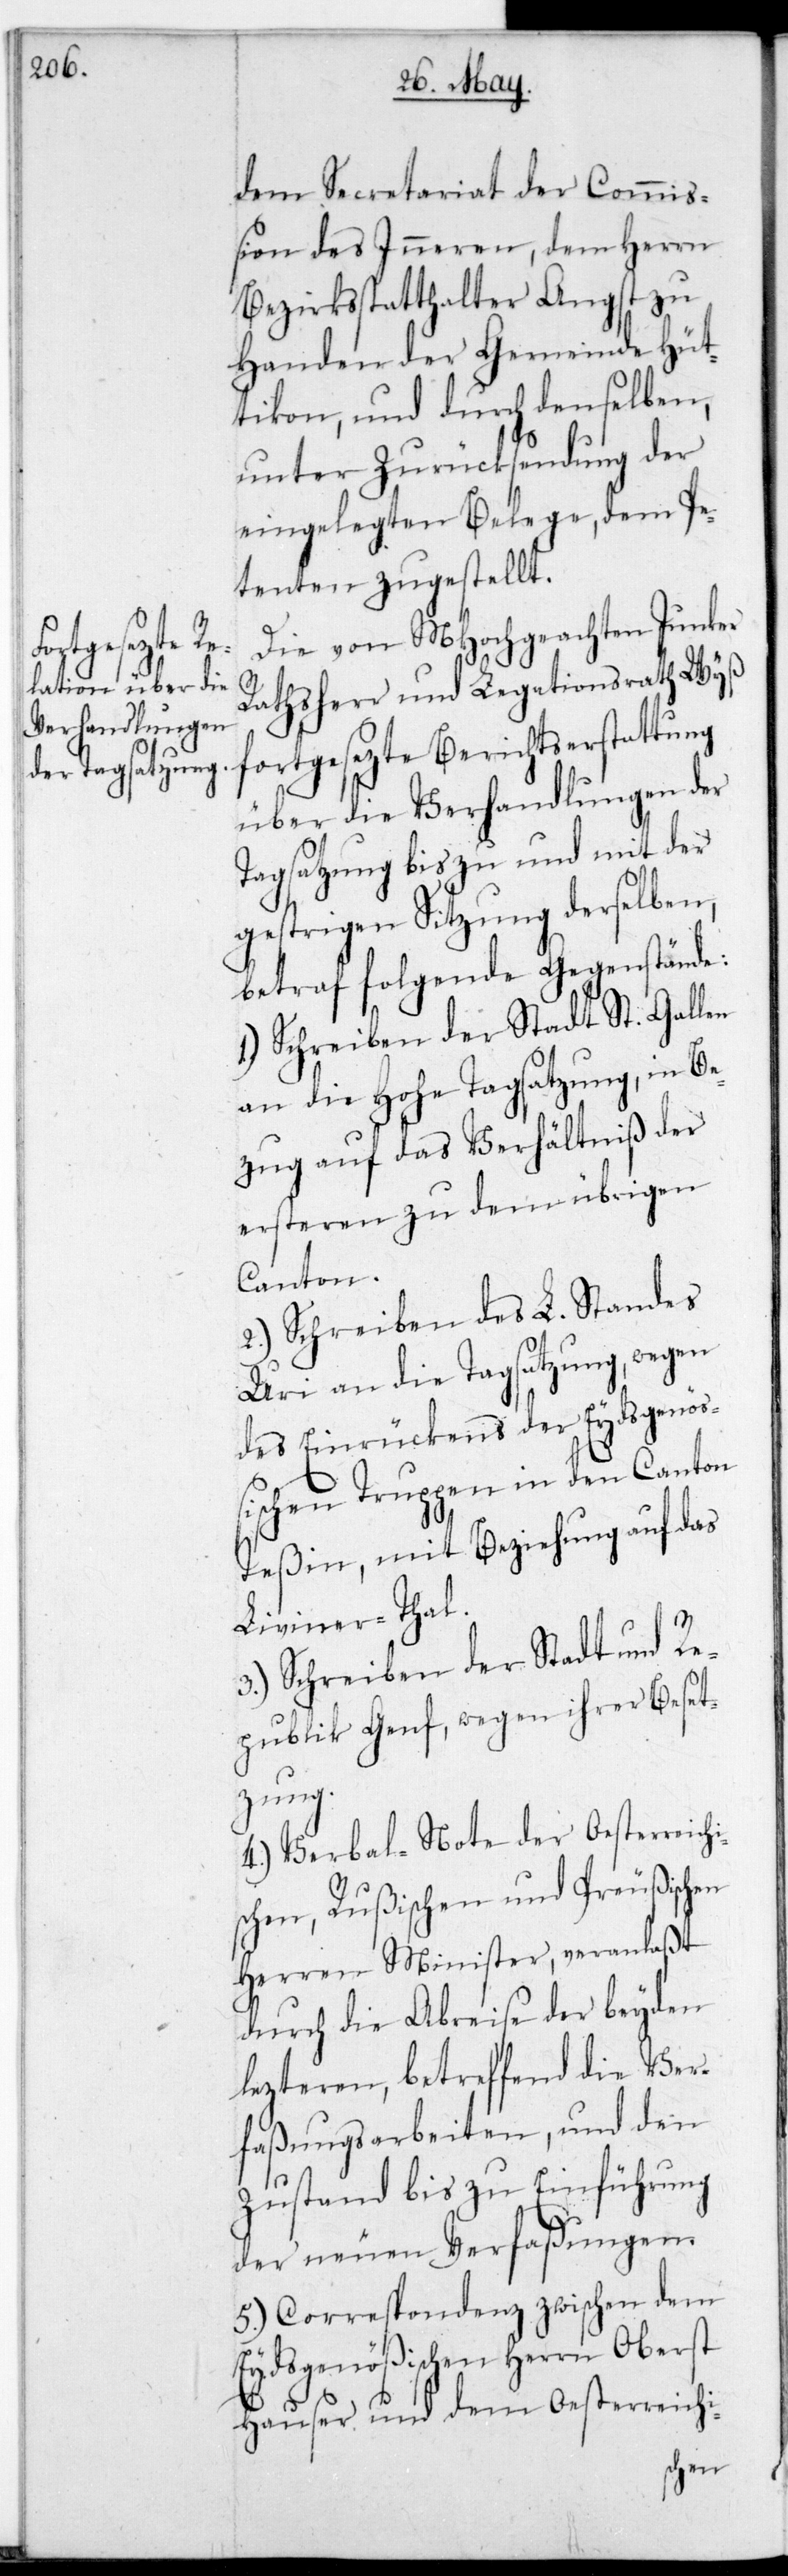
dem Secretariat der Commiß¬
ion des Inneren, dem Herrn
Bezirksstatthalter Angst zu
Handen der Gemeinde Hüt¬
tikon und durch denselben,
unter Zurücksendung der
eingelegten Belege, dem Pe¬
tenten zugestellt.
Die von MHochgeachten Junker
erichtserstat¬
Rathsherr und Legationsrath Wyß
über die Verhandlungen der
Tagsatzung bis zu und mit der
gestrigen Sitzung derselben,
betraf folgende Gegenstände:
1.) Schreiben der Stadt St. Gallen
an die Hohe Tagsatzung, in Be¬
zug auf das Verhältniß der
ersteren zu dem übrigen
Canton.
2.) Schreiben des L. Standes
Uri an die Tagsatzung, wegen
des Einrückens der Eydsgenö¬
ßischen Truppen in den Canton
Teßin, mit Beziehung auf das
Liviner-Thal.
3.) Schreiben der Stadt und Re¬
publik Genf, wegen ihrer Beset¬
zung.
4.) Verbal-Note der Oesterreichi¬
schen, Rußischen und Preußischen
Herren Minister, veranlaßt
durch die Abreise der beyden
letzteren, betreffend die Ver¬
faßungsarbeiten, und den
Zustand bis zu Einführung
der neuen Verfaßungen.
5.) Correspondenz zwischen dem
Eydsgenößischen Herrn Oberst
Hauser und dem Oesterreichi-